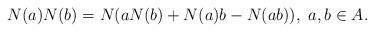
LaTeX: \begin{align*}N(a) N(b) = N (a N(b) + N(a) b - N (ab)),~ a, b \in A.\end{align*}